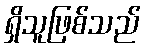
ရှိသူဖြစ်သည်